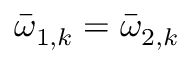
\bar { \omega } _ { 1 , k } = \bar { \omega } _ { 2 , k }